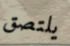
يلتصق